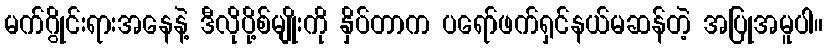
မက်ဂွိုင်းရားအနေနဲ့ ဒီလိုပို့စ်မျိုးကို နှိပ်တာက ပရော်ဖက်ရှင်နယ်မဆန်တဲ့ အပြုအမူပါ။